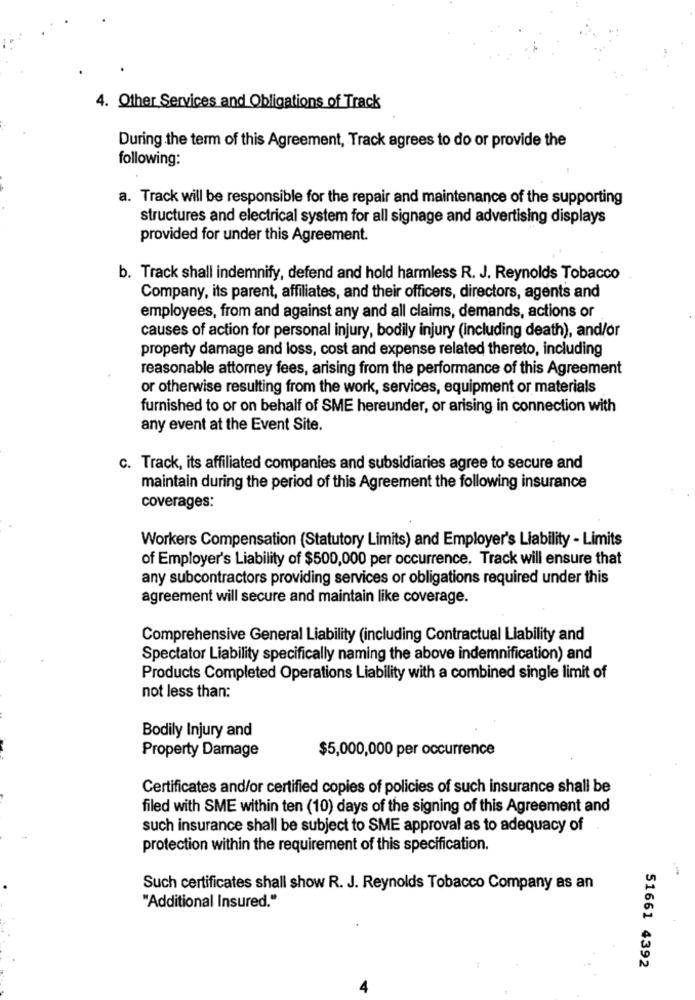
4. Other Services and Obligations of Track
During the term of this Agreement, Track agrees to do or provide the
following:
a. Track will be responsible for the repair and maintenance of the supporting
structures and electrical system for all signage and advertising displays
provided for under this Agreement.
b. Track shall indemnify, defend and hold harmless R. J. Reynolds Tobacco
Company, its parent, affiliates, and their officers, directors, agents and
employees, from and against any and all claims, demands, actions or
causes of action for personal injury, bodily injury (including death), and/or
property damage and loss, cost and expense related thereto, including
reasonable attorney fees, arising from the performance of this Agreement
or otherwise resulting from the work, services, equipment or materials
furnished to or on behalf of SME hereunder, or arising in connection with
any event at the Event Site.
c. Track, its affiliated companies and subsidiaries agree to secure and
maintain during the period of this Agreement the following insurance
coverages:
Workers Compensation (Statutory Limits) and Employer's Liability - Limits
of Employer's Liability of $500,000 per occurrence. Track will ensure that
any subcontractors providing services or obligations required under this
agreement will secure and maintain like coverage.
Comprehensive General Liability (including Contractual Liability and
Spectator Liability specifically naming the above indemnification) and
Products Completed Operations Liability with a combined single limit of
not less than:
Bodily Injury and
Property Damage
$5,000,000 per occurrence
Certificates and/or certified copies of policies of such insurance shall be
filed with SME within ten (10) days of the signing of this Agreement and
such insurance shall be subject to SME approval as to adequacy of
protection within the requirement of this specification.
Such certificates shall show R. J. Reynolds Tobacco Company as an
"Additional Insured."
51661 4392